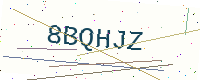
Text: 8BQHJZ